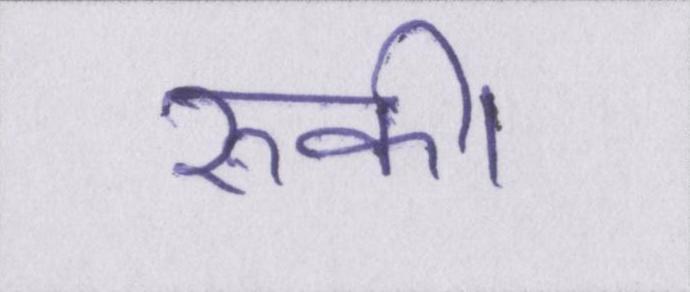
रुकी।